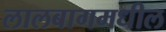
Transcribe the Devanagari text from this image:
लालबागमधील